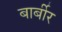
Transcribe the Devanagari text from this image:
बार्बीर